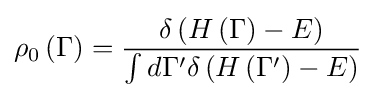
\rho _{0}\left(\Gamma \right)={\frac {\delta \left(H\left(\Gamma \right)-E\right)}{\int d\Gamma ^{\prime }\delta \left(H\left(\Gamma ^{\prime }\right)-E\right)}}